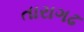
તારાગઢ